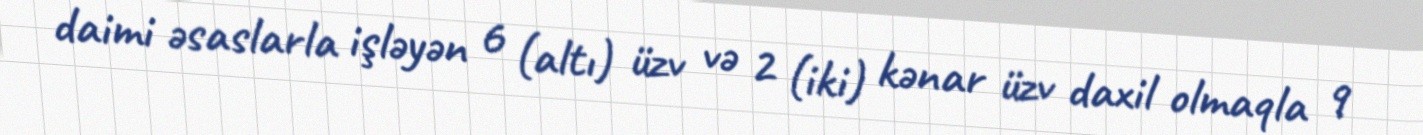
daimi əsaslarla işləyən 6 (altı) üzv və 2 (iki) kənar üzv daxil olmaqla 9